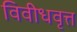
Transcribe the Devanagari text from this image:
विवीधवृत्त